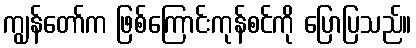
ကျွန်တော်က ဖြစ်ကြောင်းကုန်စင်ကို ပြောပြသည်။